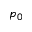
p _ { 0 }